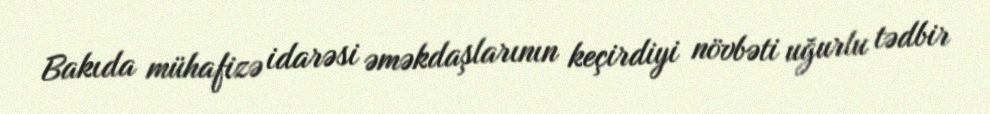
Bakıda mühafizə idarəsi əməkdaşlarının keçirdiyi növbəti uğurlu tədbir